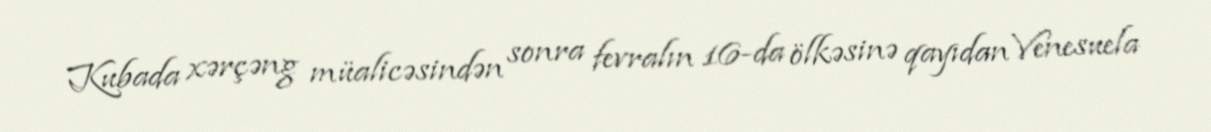
Kubada xərçəng müalicəsindən sonra fevralın 16-da ölkəsinə qayıdan Venesuela